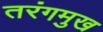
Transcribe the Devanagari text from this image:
तरंगमुख